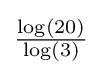
\textstyle {\frac {\log(20)}{\log(3)}}